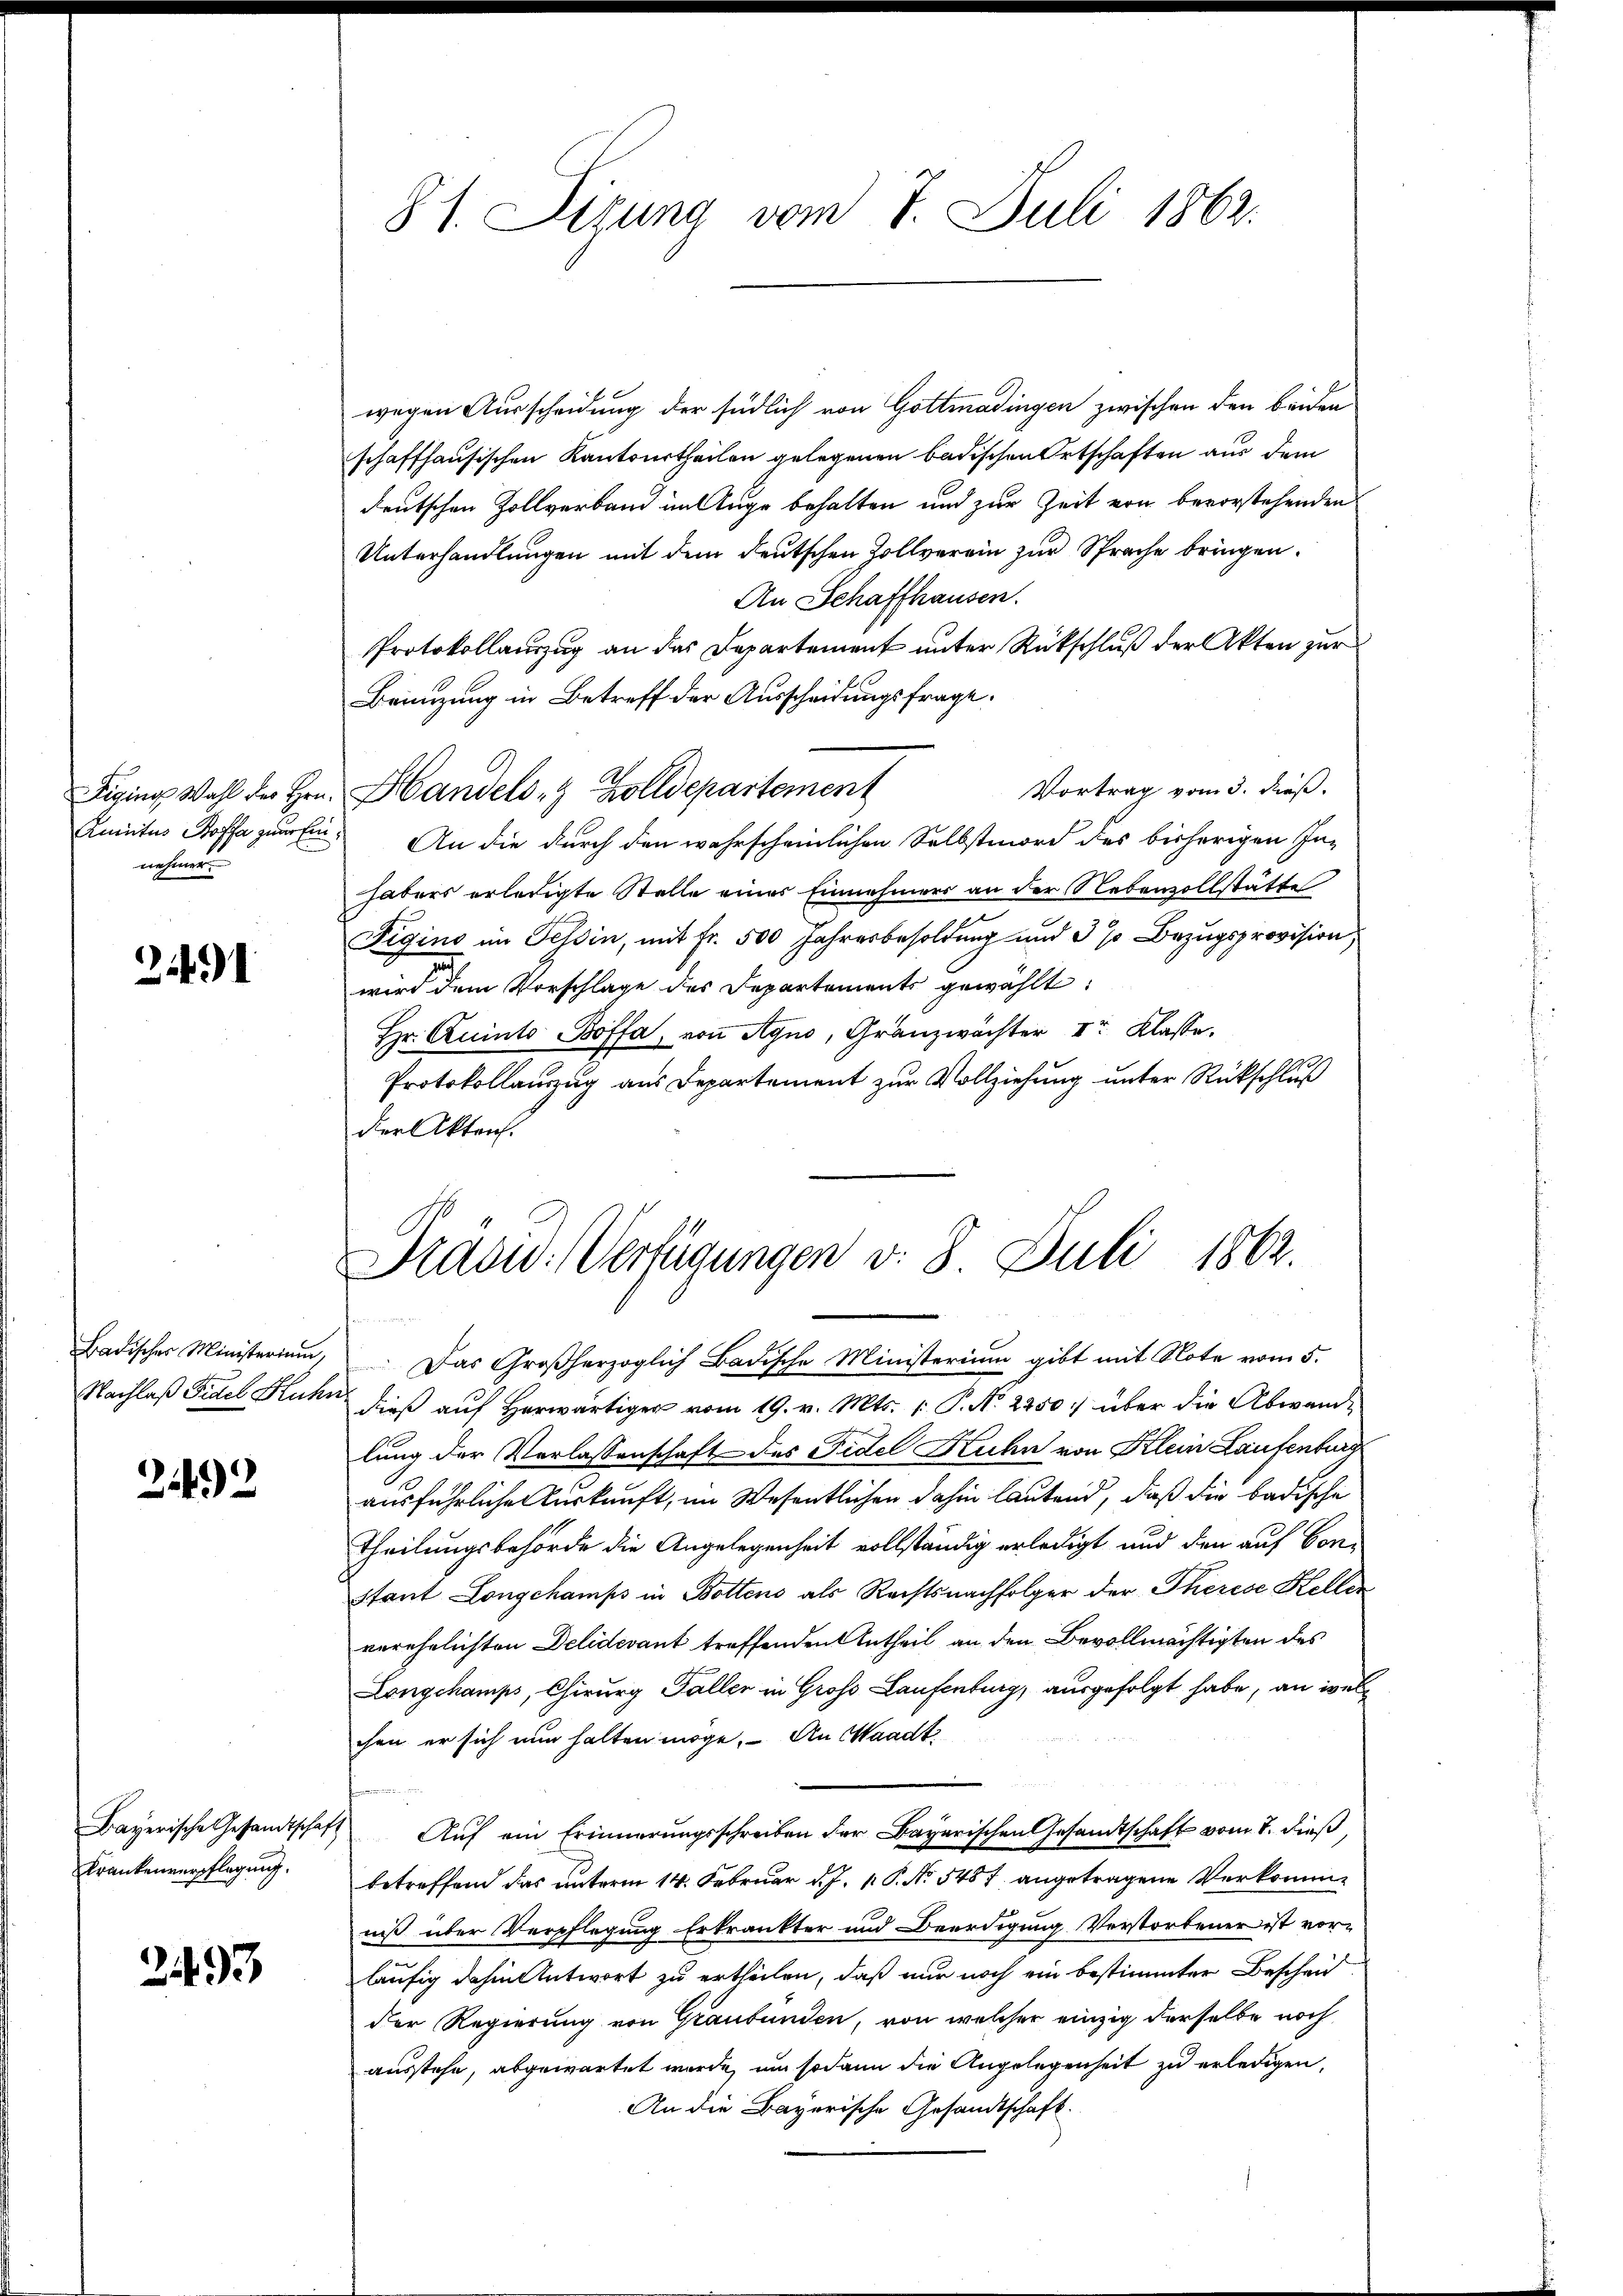
Diging Wahl des Hrn.
Amnictus Poffa zum Ein
nehmen.

2491

Badischer Ministerium,
Nachlaß Fidel Kluhr

2492

Bayerische Gesandtschaf
Krankenverpflegung.

2493

81. Sizung vom 7. Juli 1862.

Präsid. Verfügungen d. 8. Juli 1862.

wegen Ausscheidung der südlich von Gottmadingen zwischen den beiden
schaffhausischen Kantonstheilen gelegenen badischen Ortschaften aus dem
deutschen Zollverband im Auge behalten und zur Zeit von bevorstehenden
Unterhandlungen mit dem deutschen Zollverein zur Sprache bringen.
An Schaffhausen.
Protokollauszug an das Departement unter Rückschluß der Akten zur
Brinzung in Betreff der Ausscheidungsfrage.
Vortrag vom 3. dieß.
Handels- & Zolldepartement
An die durch den wahrscheinlichen Selbstmord des bisherigen In-
habens erledigte Stelle eines Einnehmers an der Nebenzollstätte
Figino im Tessin, mit Fr. 500 Jahresbesoldung und 3 % Bezugsprovision,
wird dem Vorschlage des Departements gewählt:
Hr. Quinto- Boffa, von Agno, Granzwächter Ir Klasse.
Protokollauszug aus Departement zur Vollziehung unter Rückschluß
der Akten.
Das Großherzoglich Badische Ministerium gibt mit Note vom 5.
dieß auf Herwärtiger vom 19. v. Mts. 1 P. N. 2450 über die Abwande
lung der Verlassenschaft des Fidel Kuhn von Klein Laufenburg
ausführliche Auskunft, im Wesentlichen dahin lautend, daß die badische
Theilungsbehörde die Angelegenheit vollständig erledigt und den auf Vor¬
Stant Longchamps in Bottens als Rechtsnachfolger der Therese Kellen
verehelichten Delidevant treffenden Antheil an den Bevollmächtigten des
Longchamps, Chirurg Faller in Gross Laufenburg, ausgefolgt habe, an welchen er sich nun halten möge. An Waadt
Auf ein Erinnerungsschreiben der Bayerischen Gesandtschaft vom 8. dieß
betreffend das unterm 14. Februar d. J. P. P. No 548 f. angetragene Verkommniß über Verpflegung Erkrankter und Beerdigung Verstorbener ist vor-
läufig dahin Antwort zu ertheilen, daß nur noch ein bestimmter Bescheid
der Regierung von Graubünden, von welcher einzig derselbe noch
ausstehe, abgewartet wurde, um sodann die Angelegenheit zu erledigen,
An die Bayerische Gesandtschaft.